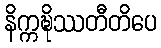
နိက္ကဍ္ဎိဿတီတိပေ